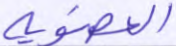
العضوية